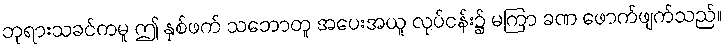
ဘုရားသခင်ကမူ ဤ နှစ်ဖက် သဘောတူ အပေးအယူ လုပ်ငန်း၌ မကြာ ခဏ ဖောက်ဖျက်သည်။